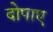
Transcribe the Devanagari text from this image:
दोपाए